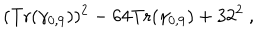
( { \mathrm { T r } } ( \gamma _ { 0 , 9 } ) ) ^ { 2 } - 6 4 { \mathrm { T r } } ( \gamma _ { 0 , 9 } ) + 3 2 ^ { 2 } ~ ,